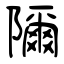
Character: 隬